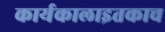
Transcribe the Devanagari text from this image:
कार्यकालाइतकाच